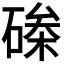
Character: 𮀵